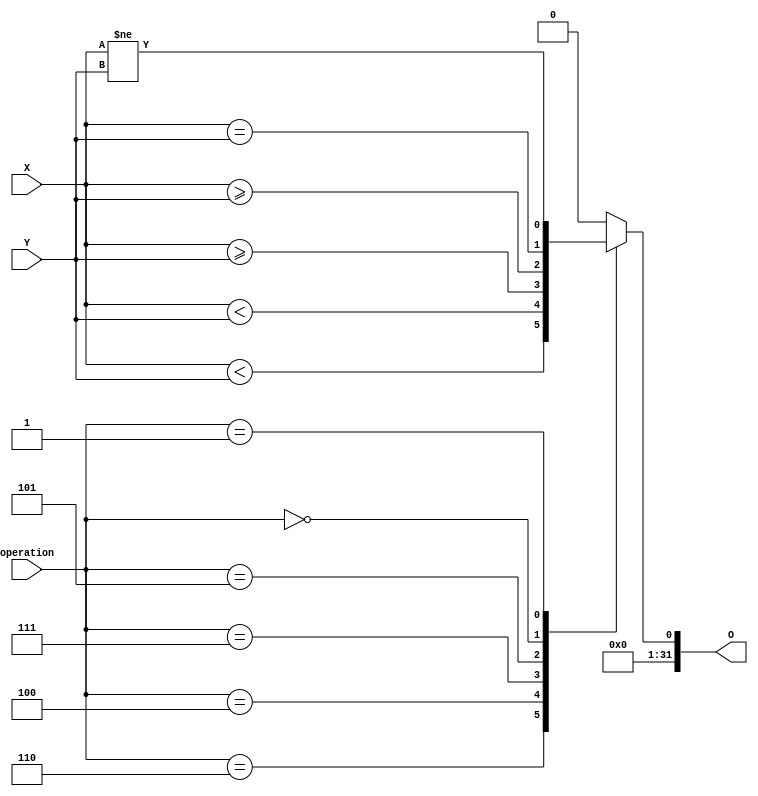
// This program was cloned from: https://github.com/racerxdl/riskow
// License: Apache License 2.0

module Comparator (
  input         [3:0]   operation,
  input         [31:0]  X,
  input         [31:0]  Y,
  output        [31:0]  O
);

// Comparator Operations
// Matches funct3 from RISC-V ISA

parameter Equal = 4'h0;
parameter NotEqual = 4'h1;
parameter LesserThanSigned = 4'h4;
parameter GreaterThanOrEqualSigned = 4'h5;
parameter LesserThanUnsigned = 4'h6;
parameter GreaterThanOrEqualUnsigned = 4'h7;

reg [31:0] result;

integer i;

always @(*)
begin
  case (operation)
    LesserThanUnsigned:         result = X <  Y;
    LesserThanSigned:           result = $signed(X) < $signed(Y);
    GreaterThanOrEqualUnsigned: result = X >= Y;
    GreaterThanOrEqualSigned:   result = $signed(X) >= $signed(Y);
    Equal:                      result = X == Y;
    NotEqual:                   result = X != Y;
    default:                    result = 0;
  endcase
end

assign O = result;

endmodule